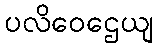
ပလိဝေဌေယျ